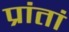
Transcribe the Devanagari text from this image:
प्रांतां